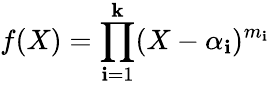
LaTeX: f(X)=\prod_{\mathbf{i}=1}^{\mathbf{k}}(X-\alpha_{\mathbf{i}})^{m_{\mathbf{i}}}